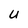
Character: U